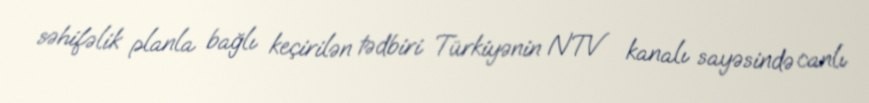
səhifəlik planla bağlı keçirilən tədbiri Türkiyənin NTV kanalı sayəsində canlı